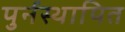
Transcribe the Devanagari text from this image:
पुर्नस्‍थापित